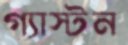
গ্যাস্টন